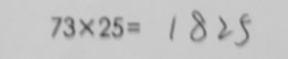
7 3 \times 2 5 = 1 8 2 5